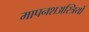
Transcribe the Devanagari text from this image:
मापनशअस्त्रियों